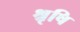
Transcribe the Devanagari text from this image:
श्रृषि